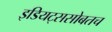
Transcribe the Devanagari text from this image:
इडियट्ससोबतच